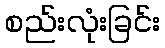
စည်းလုံးခြင်း